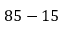
8 5 - 1 5